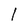
Character: 1